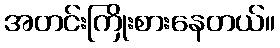
အတင်းကြိုးစားနေတယ်။